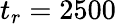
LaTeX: t_{r}=2500